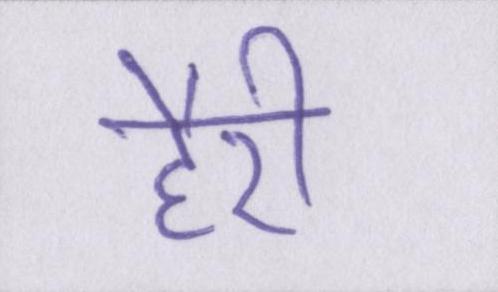
हैरी